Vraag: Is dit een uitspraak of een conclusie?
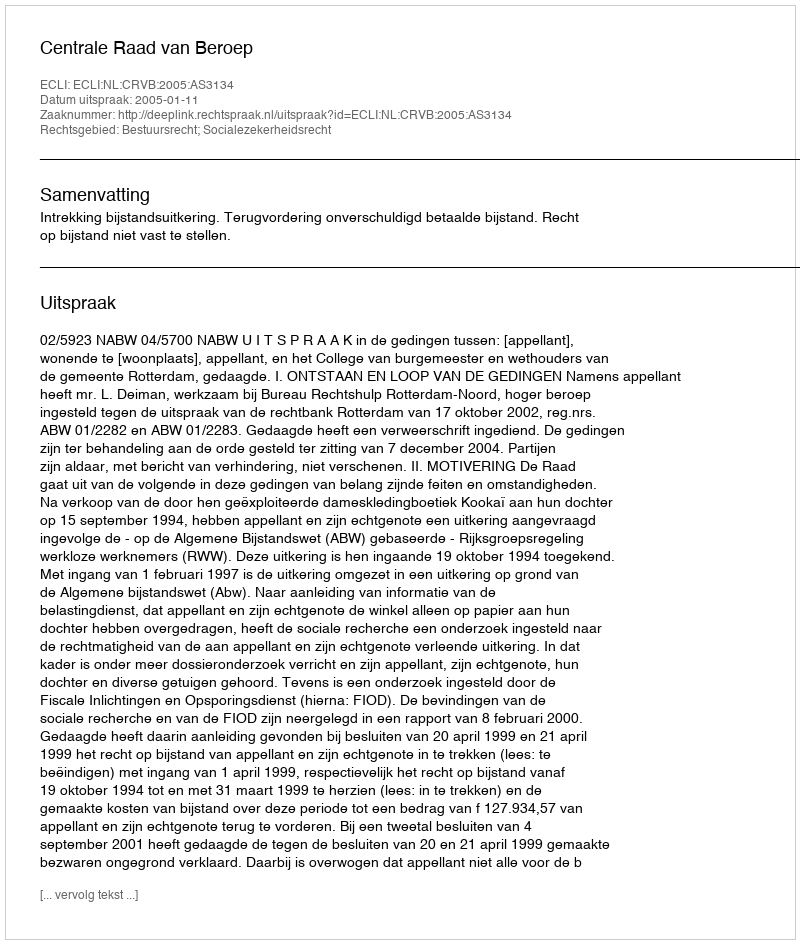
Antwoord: Uitspraak